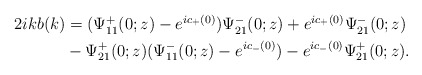
\begin{align*}\begin{aligned}2ikb(k)&=(\Psi^+_{11}(0 ;z)-e^{ic_+(0)}) \Psi^-_{21}(0;z)+e^{ic_+(0)}\Psi^-_{21}(0;z)\\&-\Psi^+_{21}(0;z) (\Psi^-_{11}(0;z)-e^{ic_-(0)})-e^{ic_-(0)}\Psi^+_{21}(0;z).\end{aligned}\end{align*}